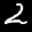
Label: 2